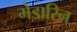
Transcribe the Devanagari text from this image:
मेंडारिन